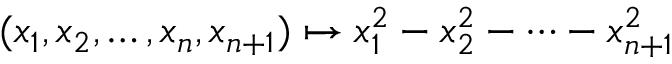
( x _ { 1 } , x _ { 2 } , \ldots , x _ { n } , x _ { n + 1 } ) \mapsto x _ { 1 } ^ { 2 } - x _ { 2 } ^ { 2 } - \cdots - x _ { n + 1 } ^ { 2 }